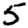
Digit: 5